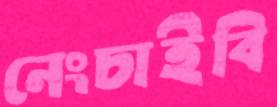
নেংচাইবি